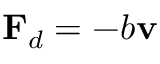
\mathbf { F } _ { d } = - b \mathbf { v }